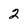
Character: 2